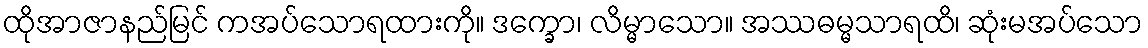
ထိုအာဇာနည်မြင် ကအပ်သောရထားကို။ ဒက္ခော၊ လိမ္မာသော။ အဿဓမ္မသာရထိ၊ ဆုံးမအပ်သော